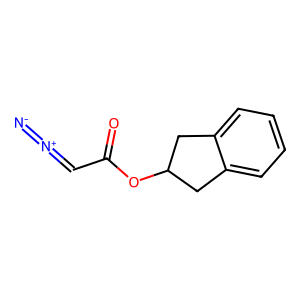
SMILES: [N-]=[N+]=CC(=O)OC1Cc2ccccc2C1
Inhibits HIV replication: No